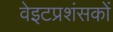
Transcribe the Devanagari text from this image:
वेइटप्रशंसकों